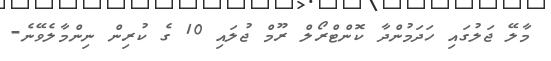
މާލޭ ޖަލުގައި ހަދަމުންދާ ކޮންޓްރޯލް ރޫމް ޖުލައި 10 ގެ ކުރިން ނިންމާލެވޭނެ-